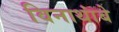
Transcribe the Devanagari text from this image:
विनाथांबे